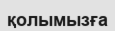
қолымызға